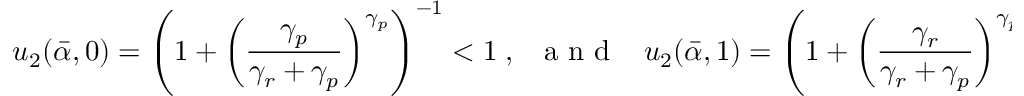
u _ { 2 } ( \bar { \alpha } , 0 ) = \left( 1 + \left( \frac { \gamma _ { p } } { \gamma _ { r } + \gamma _ { p } } \right) ^ { \gamma _ { p } } \right) ^ { - 1 } < 1 \; , \; \; { \mathrm { ~ a ~ n ~ d ~ } } \; \; \; u _ { 2 } ( \bar { \alpha } , 1 ) = \left( 1 + \left( \frac { \gamma _ { r } } { \gamma _ { r } + \gamma _ { p } } \right) ^ { \gamma _ { p } } \right) ^ { - 1 } < 1 \; ,